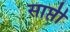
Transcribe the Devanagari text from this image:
साप्ती